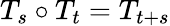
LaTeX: T_{s}\circ T_{t}=T_{t+s}